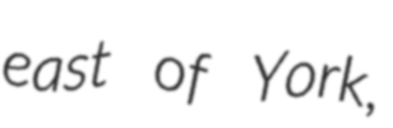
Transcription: east of York,